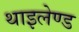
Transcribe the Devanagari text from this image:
थाइलेण्ड